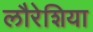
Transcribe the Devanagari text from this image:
लौरेशिया